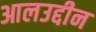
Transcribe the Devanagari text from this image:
आलउद्दीन